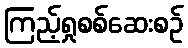
ကြည့်ရှုစစ်ဆေးစဉ်